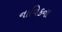
નાવિકના